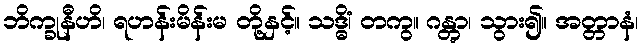
ဘိက္ခုနီဟိ၊ ရဟန်းမိန်းမ တို့နှင့်။ သဒ္ဓိံ၊ တကွ။ ဂန္တွာ၊ သွား၍။ အတ္တာနံ၊